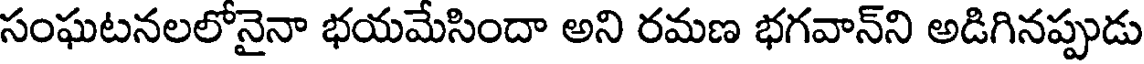
సంఘటనలలోనైనా భయమేసిందా అని రమణ భగవాన్ని అడిగినప్పుడు